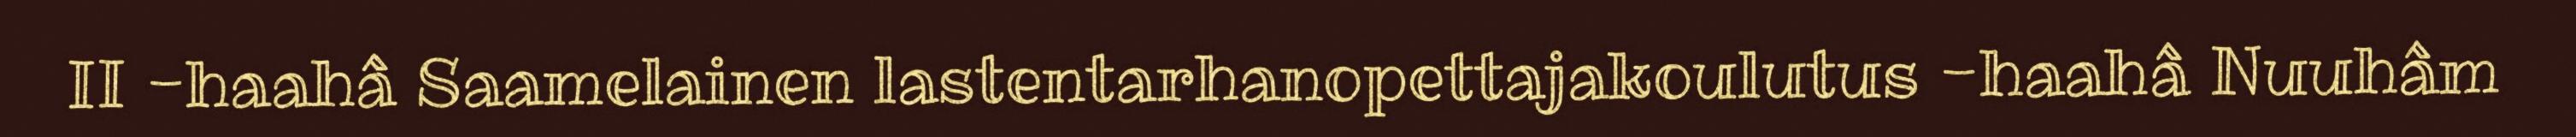
II -haahâ Saamelainen lastentarhanopettajakoulutus -haahâ Nuuhâm